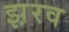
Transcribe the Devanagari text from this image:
झ़रव